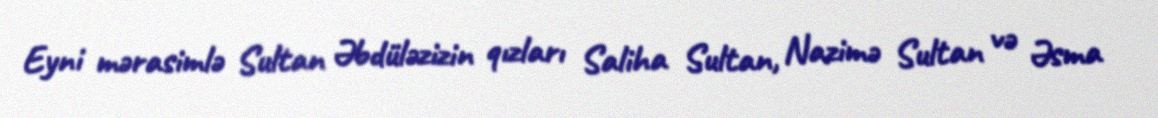
Eyni mərasimlə Sultan Əbdüləzizin qızları Saliha Sultan, Nazimə Sultan və Əsma